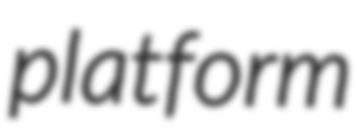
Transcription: platform